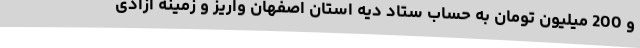
و 200 میلیون تومان به حساب ستاد دیه استان اصفهان واریز و زمینه آزادی